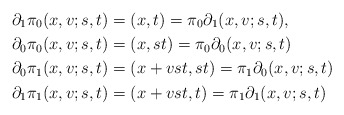
\begin{align*}\partial_1 \pi_0 (x,v;s,t) & = (x,t) = \pi_0 \partial_1 (x,v;s,t),\cr\partial_0 \pi_0(x,v;s,t) & = (x,st) = \pi_0 \partial_0 (x,v;s,t)\cr\partial_0 \pi_1 (x,v;s,t) & = (x+vst,st) = \pi_1 \partial_0 (x,v;s,t)\cr\partial_1 \pi_1 (x,v;s,t) & = (x+vst,t) = \pi_1 \partial_1 (x,v;s,t)\end{align*}